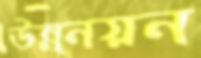
উন্ন্নয়ন